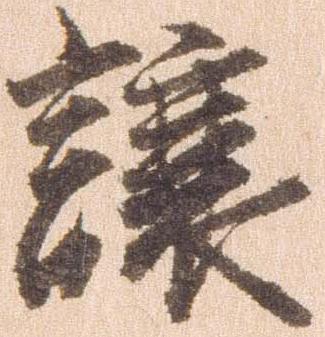
譲